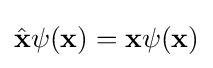
{\hat {\mathbf {x} }}\psi (\mathbf {x} )=\mathbf {x} \psi (\mathbf {x} )